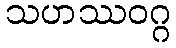
သဟဿဝဂ္ဂ